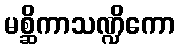
မစ္ဆိကာသဏ္ဍိကော